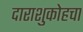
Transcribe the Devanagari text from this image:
दाराशुकोहचा